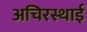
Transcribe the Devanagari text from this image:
अचिरस्थाई